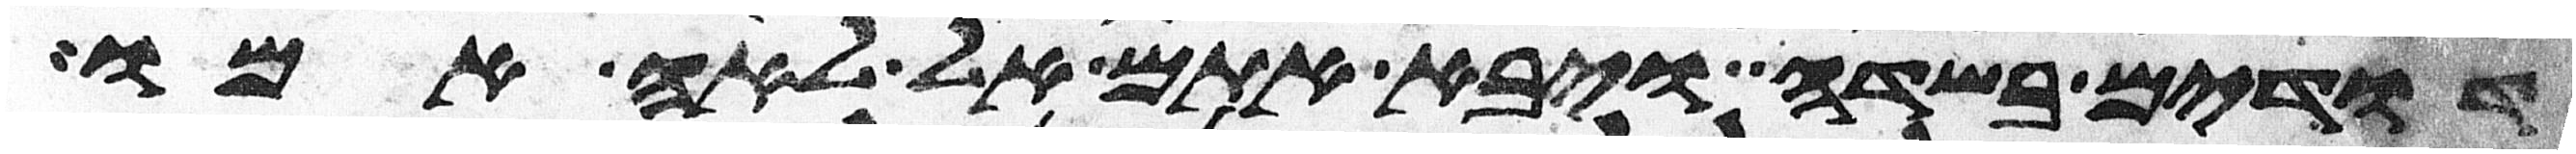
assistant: דודים בשדה ויבא אתם אל לאה אמו